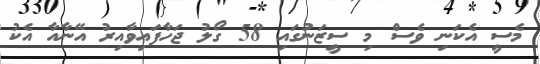
މެސީ އެކަނި ވެސް މި ސީޒަނުގައި 58 ގޯލު ޖަހާފައިވާއިރު އޭނާއާ އެކު